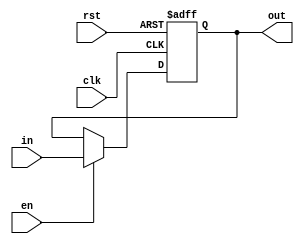
module RegSR(clk,en, rst, in, out);
	parameter DATA_WIDTH = 2;

	input rst,en,clk;
	input[DATA_WIDTH-1:0] in;
	output reg [DATA_WIDTH-1:0] out;

	always@(negedge clk,posedge rst) begin
		if (rst) begin
			out = 0;
		end
		else if(en) begin
			out = in;
		end
	end

endmodule